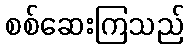
စစ်ဆေးကြသည်